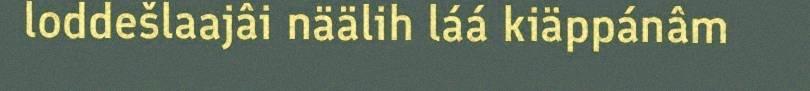
loddešlaajâi näälih láá kiäppánâm